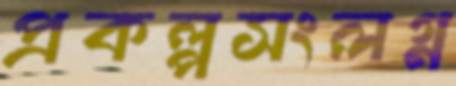
প্রকল্পসংলগ্ন